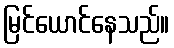
မြင်ယောင်နေသည်။